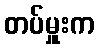
တပ်မှူးက